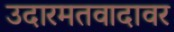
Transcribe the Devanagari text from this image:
उदारमतवादावर